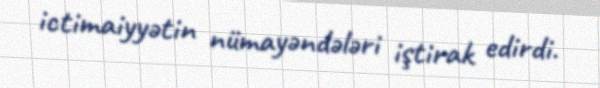
ictimaiyyətin nümayəndələri iştirak edirdi.